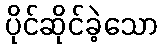
ပိုင်ဆိုင်ခဲ့သော